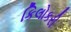
કિલોકરી